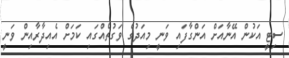
ސިޓީ އަކުން އޭނާއަށް އަންގާފައި ވަނީ މިއަދުގެ ވަގުތެއްގައި ކަމަށް އެއިދާރާއިން ވަނީ